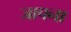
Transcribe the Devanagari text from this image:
जापना